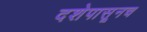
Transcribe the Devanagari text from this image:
दशेपासूनच